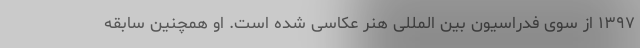
۱۳۹۷ از سوی فدراسیون بین المللی هنر عکاسی شده است. او همچنین سابقه